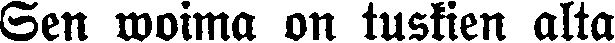
Sen woima on tuskien alta